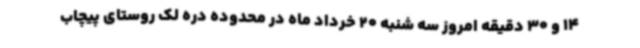
14 و 30 دقیقه امروز سه شنبه 20 خرداد ماه در محدوده دره لک روستای پیچاب